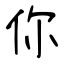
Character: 你